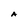
Character: A